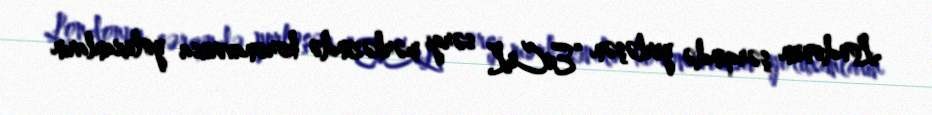
Londonun şərqində yerləşən “ExCeL” sərgi mərkəzində koronavirusa yoluxanların